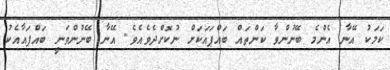
ކަމަކު އޭނާ އެންމެ ބޭނުންވާ ކަންތައް ބައްޕައަކަށް ނުކޮށްދެވެއެވެ. އޭނާ ބޭނުންވަނީ ބައްޕައާއެކު